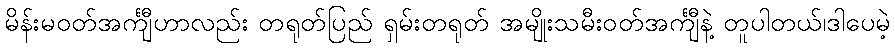
မိန်းမဝတ်အင်္ကျီဟာလည်း တရုတ်ပြည် ရှမ်းတရုတ် အမျိုးသမီးဝတ်အင်္ကျီနဲ့ တူပါတယ်၊ဒါပေမဲ့